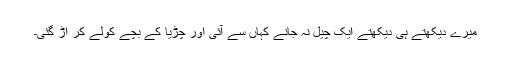
میرے دیکھتے ہی دیکھتے ایک چیل نہ جانے کہاں سے آئی اور چڑیا کے بچے کولے کر اْڑ گئی۔